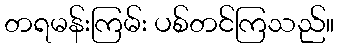
တရမန်းကြမ်း ပစ်တင်ကြသည်။